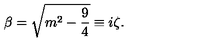
\beta = \sqrt { m ^ { 2 } - \frac { 9 } { 4 } } \equiv i \zeta .